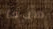
هدفا